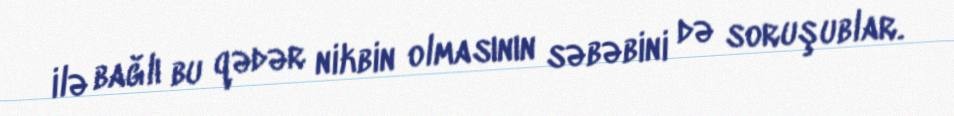
ilə bağlı bu qədər nikbin olmasının səbəbini də soruşublar.